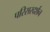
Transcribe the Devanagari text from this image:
परिसरदर्शन